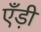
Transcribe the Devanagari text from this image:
एँड़ी